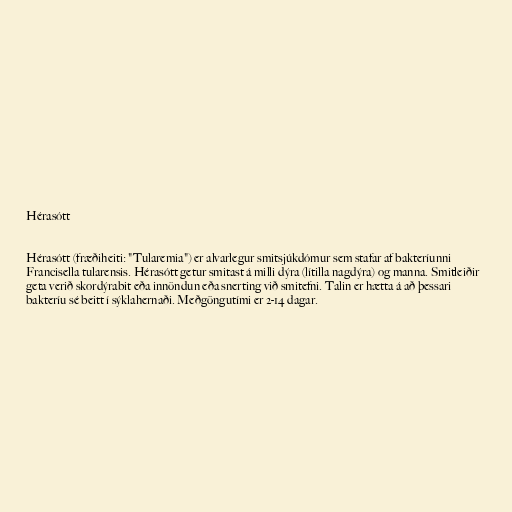
Hérasótt

Hérasótt (fræðiheiti: "Tularemia") er alvarlegur smitsjúkdómur sem stafar af bakteríunni
Francisella tularensis. Hérasótt getur smitast á milli dýra (lítilla nagdýra) og manna. Smitleiðir
geta verið skordýrabit eða innöndun eða snerting við smitefni. Talin er hætta á að þessari
bakteríu sé beitt í sýklahernaði. Meðgöngutími er 2-14 dagar.